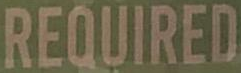
REQUIRED